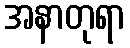
အနာတုရာ